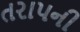
તરાપની